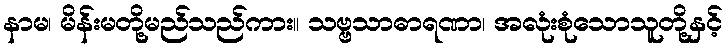
နာမ၊ မိန်းမတို့မည်သည်ကား။ သဗ္ဗသာဓာရဏာ၊ အလုံးစုံသောသူတို့နှင့်